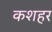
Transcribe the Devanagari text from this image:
कशहर